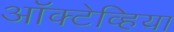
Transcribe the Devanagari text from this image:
ऑक्टेव्हिया